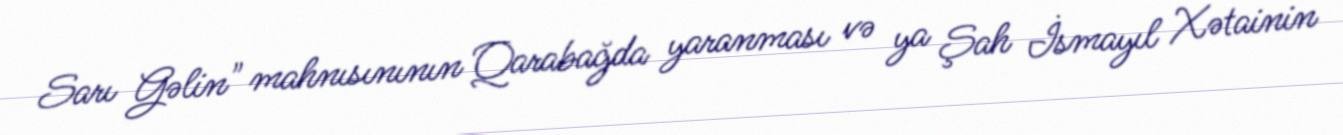
Sarı Gəlin" mahnısınının Qarabağda yaranması və ya Şah İsmayıl Xətainin